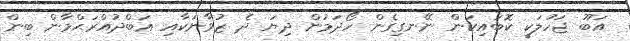
އަބޫ ޖަހުލަކީ ކޮބައިކަން ނޭނގިގެން ހޯދަމުން ދިޔަ ދެ ޒުވާނަކާއި ޢަބްދުއްރަޙްމާން ބިން